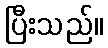
ပြီးသည်။